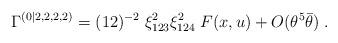
LaTeX: \begin{align*} \Gamma^{(0|2,2,2,2)} = (12)^{-2}\;{\xi_{123}^2 \xi_{124}^2 }\; F(x,u) + O(\theta^5\bar\theta)\;.\end{align*}